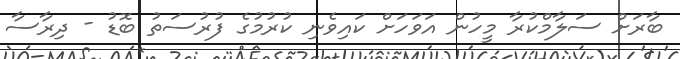
ބާރަށް ސަލާމްކުރާ މީހުން އަވަހަށް ކައިވެނި ކުރުމުގެ ފުރުސަތު ބޮޑު - ދިރާސާ